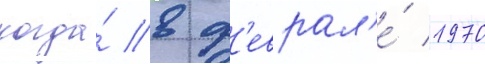
когда́ в ф'еврал'е́ 1970